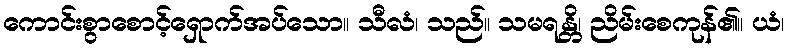
ကောင်းစွာစောင့်ရှောက်အပ်သော။ သီလံ၊ သည်။ သမရန္တိ၊ ညိမ်းစေကုန်၏။ ယံ၊